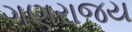
ગણરાજય